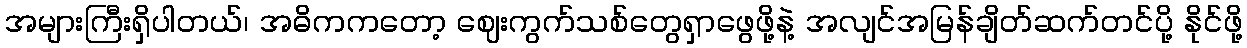
အများကြီးရှိပါတယ်၊ အဓိကကတော့ ဈေးကွက်သစ်တွေရှာဖွေဖို့နဲ့ အလျင်အမြန်ချိတ်ဆက်တင်ပို့ နိုင်ဖို့